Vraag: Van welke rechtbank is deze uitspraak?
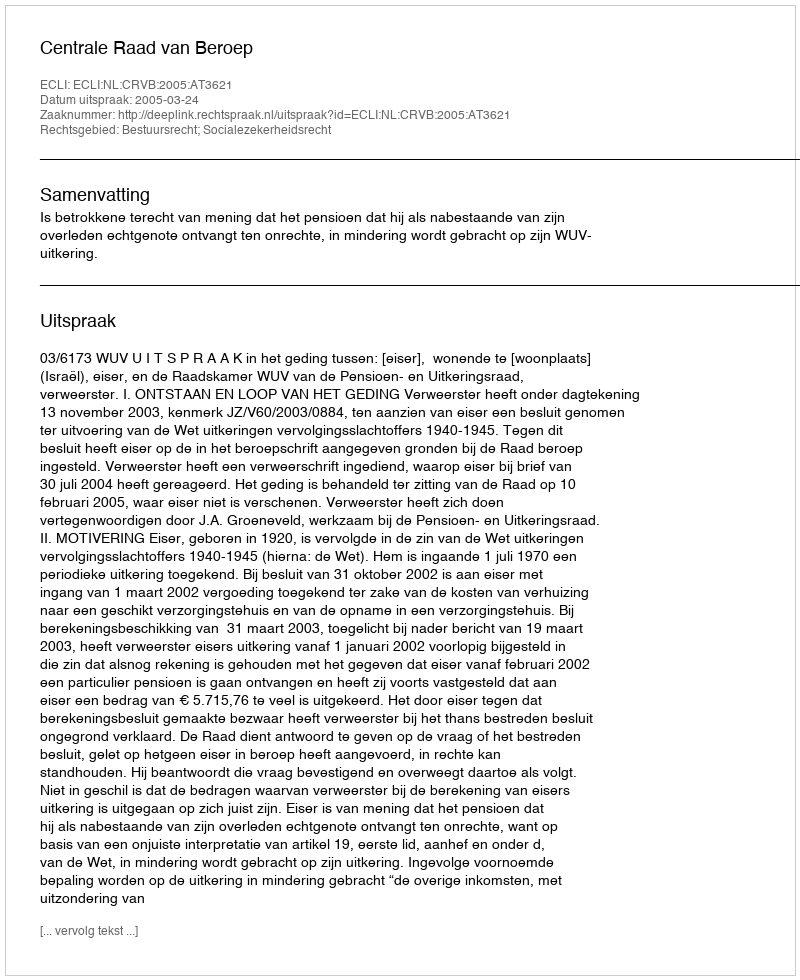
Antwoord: Centrale Raad van Beroep